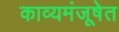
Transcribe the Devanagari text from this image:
काव्यमंजूषेत